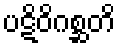
ပဋိဝိဂစ္ဆတိ